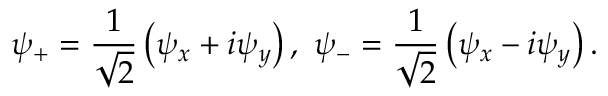
\psi _ { + } = \frac { 1 } { \sqrt { 2 } } \left( \psi _ { x } + i \psi _ { y } \right) , \ \psi _ { - } = \frac { 1 } { \sqrt { 2 } } \left( \psi _ { x } - i \psi _ { y } \right) .